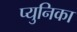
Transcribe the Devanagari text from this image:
प्युनिका